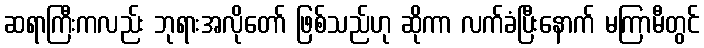
ဆရာကြီးကလည်း ဘုရားအလိုတော် ဖြစ်သည်ဟု ဆိုကာ လက်ခံပြီးနောက် မကြာမီတွင်